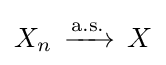
\displaystyle X_{n}\,\xrightarrow {\mathrm {a.s.} } \,X